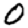
Digit: 0